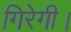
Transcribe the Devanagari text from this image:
गिरेगी।